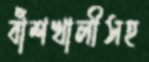
বাঁশখালীসহ